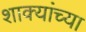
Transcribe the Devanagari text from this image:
शाक्यांच्या